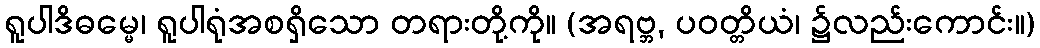
ရူပါဒိဓမ္မေ၊ ရူပါရုံအစရှိသော တရားတို့ကို။ (အရဗ္ဘ, ပဝတ္တိယံ၊ ၌လည်းကောင်း။)